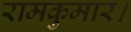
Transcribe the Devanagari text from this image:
रामकुमार।